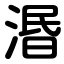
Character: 湣